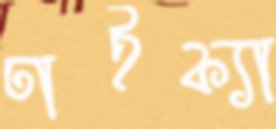
ঢাইক্যা